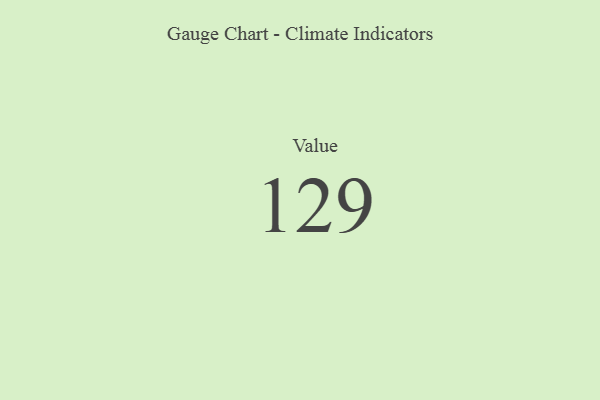
{"axis": {"x": "Metric", "y": "Value"}, "legend": [""], "data": [{"x": "Value", "y": 129, "type": ""}]}